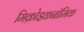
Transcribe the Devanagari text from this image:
मिक्रोइकनॉमिक